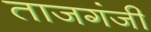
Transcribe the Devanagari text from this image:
ताजगंजी